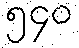
၅၄၀